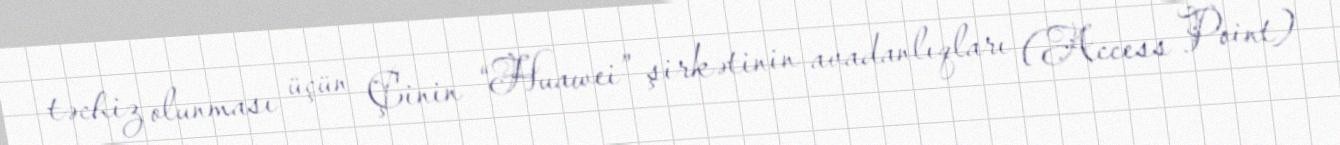
təchiz olunması üçün Çinin “Huawei” şirkətinin avadanlıqları (Access Point)